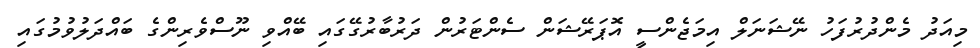
މިއަދު މެންދުރުފަހު ނޭޝަނަލް އިމަޖެންސީ އޮޕަރޭޝަން ސެންޓަރުން ދަރުބާރުގޭގައި ބޭއްވި ނޫސްވެރިންގެ ބައްދަލުވުމުގައި